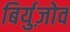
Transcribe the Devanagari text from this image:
बिर्युज़ोव